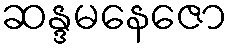
ဆန္ဒမနေဇော